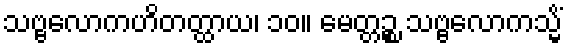
သဗ္ဗလောကဟိတတ္ထာယ၊ ၁၀။ မေတ္တဉ္စ သဗ္ဗလောကသ္မိံ